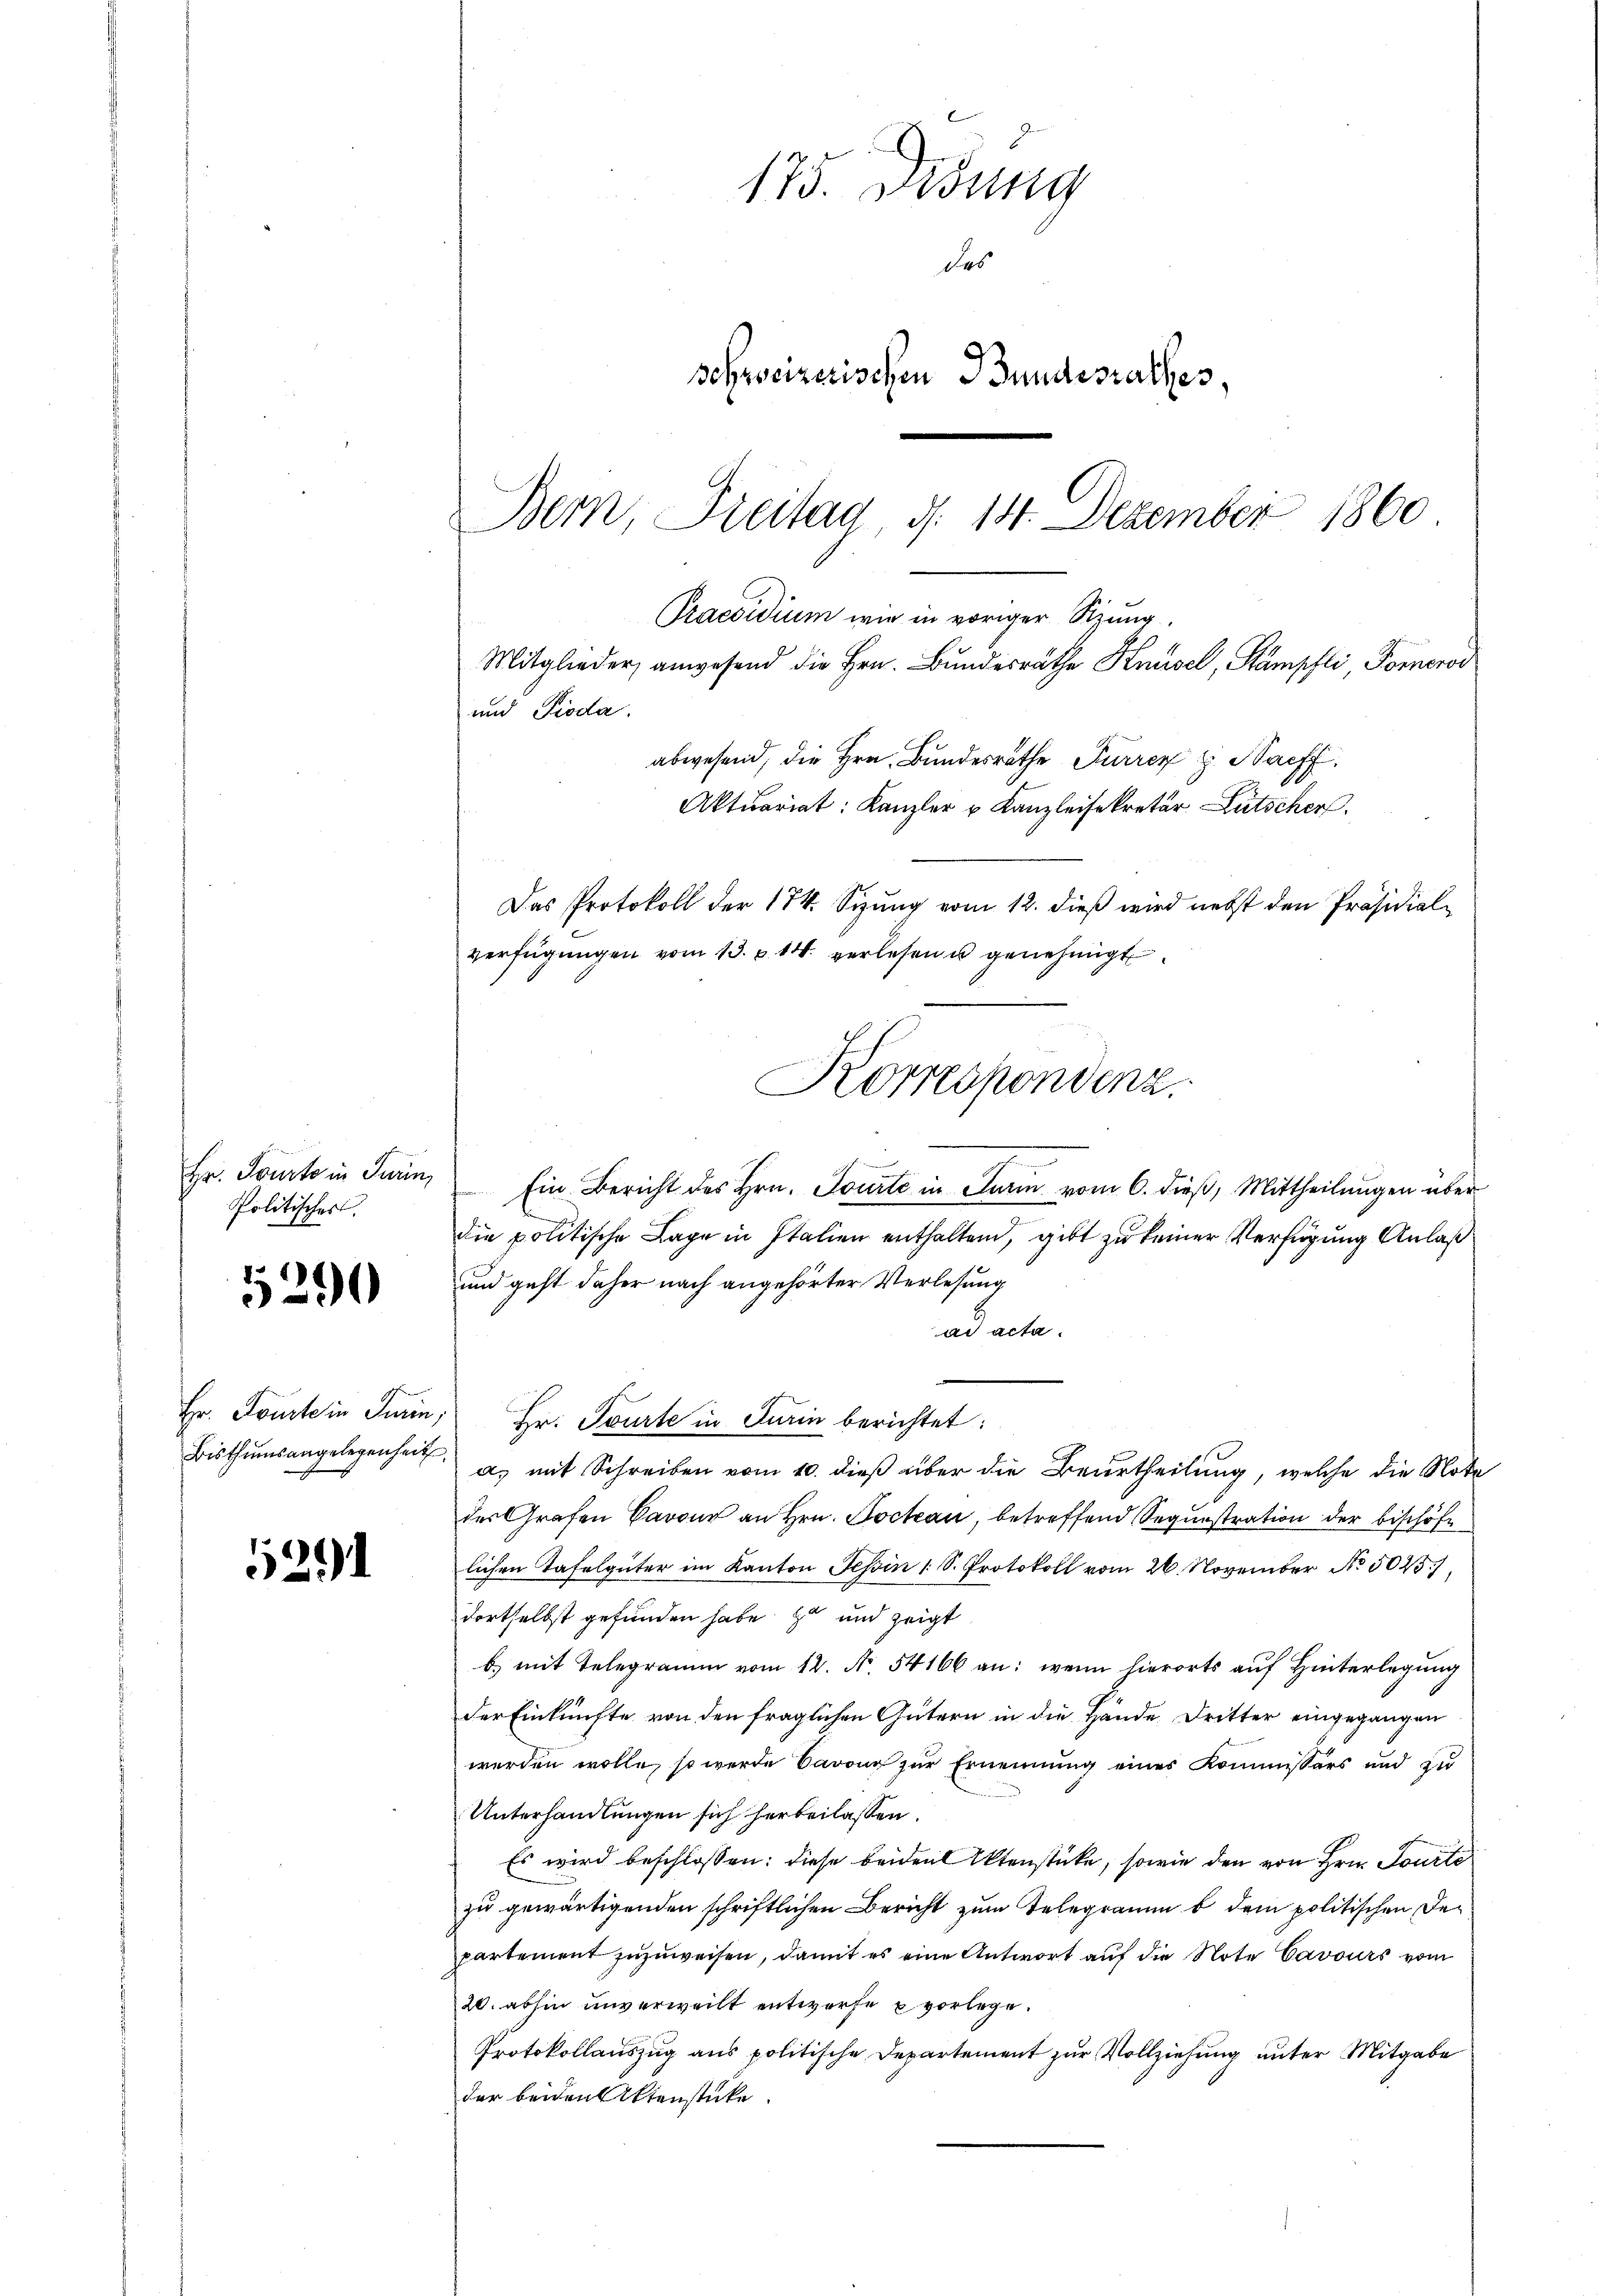
Hr. Tourte in Turin,
Politisches.

5290

5291

Hr. Fourte in Turin
Bisthumsangelegenheit

175. Didung
des
schweizerischen Bundesrathes,
.
Bern Dreitag, d. 14. Dezember 1860

und Pioda.
abwesend, die Hrn. Bundesrathe Furrer z. Saff
Aktuariat: Kanzler u Kanzleisekretär Lütscher
Das Protokoll der 174. Sizung vom 12. dieß wird nebst den Präsidialverfügŭngen vom 13. u. 14. verlesen u genehmigt.

Ein Bericht des Hrn. Tourte in Turin vom 6. dieß, Mittheilungen über
die politische Lage in Italien enthalten, gibt zu keiner Verfügung Anlaß
und geht daher nach angehörter Verlesung
ad acta.
Hr. Tourte in Turin berichtet:
a, mit Schreiben vom 10. dieß über die Beurtheilung, welche die Note
des Grafen Cavour an Hrn. Pockau, betreffend Sequestration der bischöfe
lichen Tafelgüter im Kanton Tessin 1 S. Protokoll vom 26. November No. 5025),
dortselbst gefunden habe zu und zeigt
b) mit Telegramm vom 12. No. 54166 an: wenn hierorts auf Hinterlegung
der Einkünfte von den fraglichen Gütern in die Hände Dritter eingegangen
werden wolle, so werde Cavon zur Ernennung eines Kommissärs und zu
Unterhandlungen sich herbeilassen.
Es wird beschlossen: diese beiden Aktenstücke, sowie den von Hrn. Courte
zu gewärtigenden schriftlichen Bericht zum Telegramm b dem politischen Departement zuzuweisen, damit es eine Antwort auf die Note Cavours vom
20. abhin unverweilt entworfe vorlege.
Protokollauszug aus politische Departement zur Vollziehung unter Mitgabe
der beiden Aktenstücke.

Praesidium wie in voriger Sitzung.
Mitglieder anwesend die Hrn. Bundesräthe Knüsel, Stämpfli Pomerod

Korrespondenz.